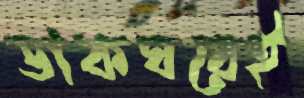
ডাকঘরেই